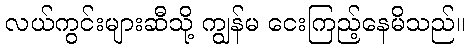
လယ်ကွင်းများဆီသို့ ကျွန်မ ငေးကြည့်နေမိသည်။